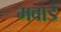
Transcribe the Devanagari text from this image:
मवाडे